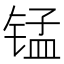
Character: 锰